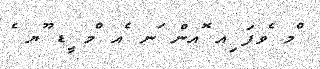
ްމ ެވފަ ިއ ޮއން ަނ ެއ ްމ ީޑ ޫޔ ެ